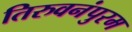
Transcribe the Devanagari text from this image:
तिरुवनंपुरम